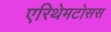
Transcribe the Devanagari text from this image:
एरिथेमटोसस